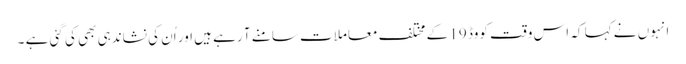
انہوں نے کہا کہ اس وقت کووڈ 19 کے مختلف معاملات سامنے آ رہے ہیں اور اُن کی نشاندہی بھی کی گئی ہے ۔